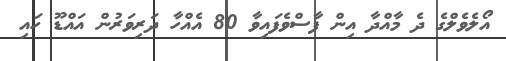
އޯލެވެލްގެ ދެ މާއްދާ އިން ފާސްވެފައިވާ 80 އެއްހާ ދަރިވަރުން އައްޑޫ ހައި